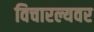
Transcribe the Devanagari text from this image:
विचारल्यवर